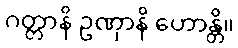
ဂတ္တာနိ ဥဏှာနိ ဟောန္တိ။